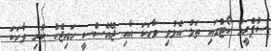
ސުޕްރީމް ކޯޓުގައި ތަޅު އެޅުވި ވާހަކަ އާއި ޖޭއެސްސީ ހައިޖެކް ކުރި ވާހަކަ